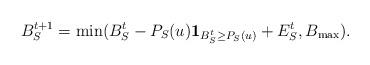
LaTeX: \begin{align*}B_{S}^{t+1} = \min (B_{S}^{t} - P_{S}(u) \mathbf{1}_{B_{S}^{t} \geq P_{S}(u)} + E_{S}^{t}, B_{\max}).\end{align*}